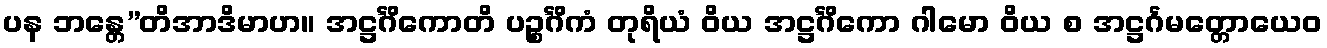
ပန ဘန္တေ”တိအာဒိမာဟ။ အဋ္ဌင်္ဂိကောတိ ပဉ္စင်္ဂိကံ တုရိယံ ဝိယ အဋ္ဌင်္ဂိကော ဂါမော ဝိယ စ အဋ္ဌင်္ဂမတ္တောယေဝ